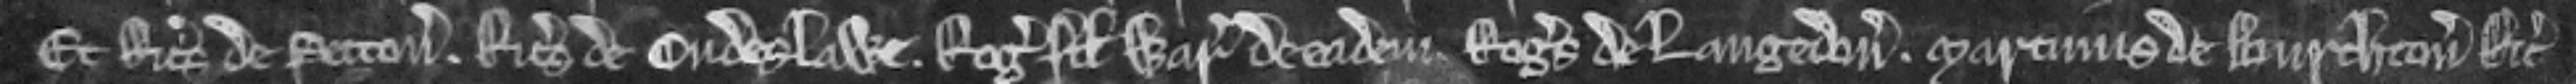
Et Ricardus de Petton. Ricardus de Ondeslawe. Rogerus filius Warini de eadem Rogerus de Langedon. Martinus de Burchton Ricardus